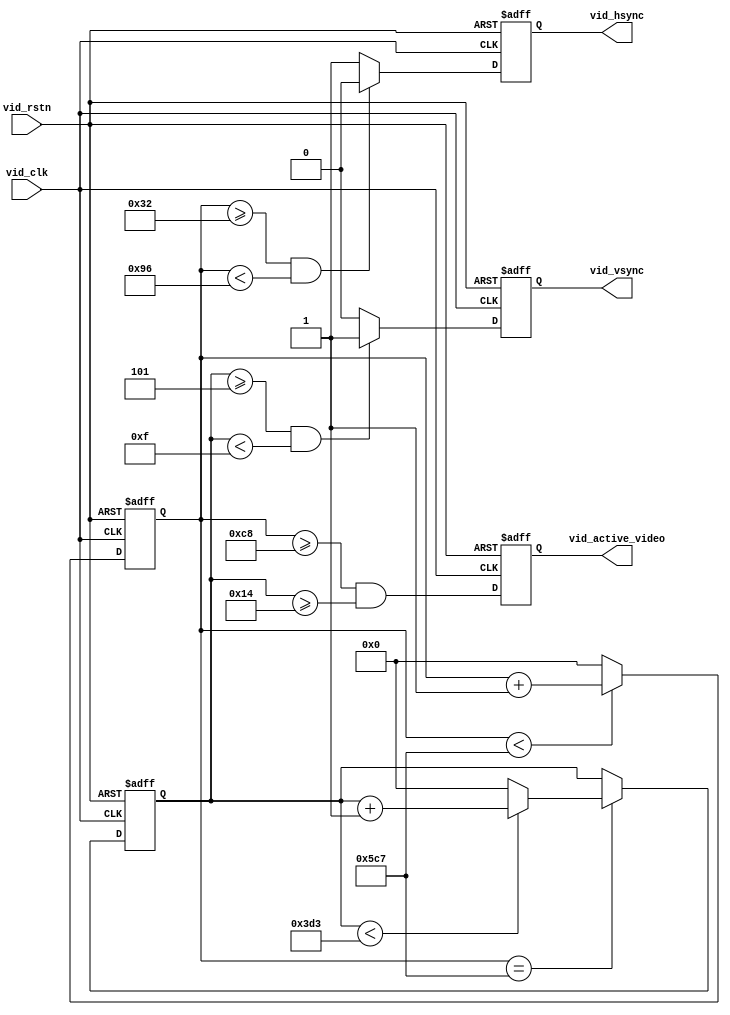
`timescale 1 ns / 1 ps

module video_timing_gen
#(
	parameter H_FRONT   = 50,
	parameter H_PULSE   = 100,
	parameter H_BACK    = 50,
	parameter H_DISP    = 1280,
	parameter V_FRONT   = 5,
	parameter V_PULSE   = 10,
	parameter V_BACK    = 5,
	parameter V_DISP    = 960,
	parameter H_POL     = 1'b0,
	parameter V_POL     = 1'b1
)
(
	input             vid_clk,
	input             vid_rstn,
	output reg        vid_active_video,
	output reg        vid_hsync,
	output reg        vid_vsync
);

	localparam H_TOTAL = H_FRONT + H_PULSE + H_BACK + H_DISP;
	localparam V_TOTAL = V_FRONT + V_PULSE + V_BACK + V_DISP;


	reg [15:0] pix_cnt;
	always @ (posedge vid_clk or negedge vid_rstn) begin
		if (!vid_rstn)
			pix_cnt <= 0;
		else if (pix_cnt < H_TOTAL - 1'b1)
			pix_cnt <= pix_cnt + 1'b1;
		else
			pix_cnt <= 0;
	end

	reg [15:0] line_cnt;
	always @ (posedge vid_clk or negedge vid_rstn) begin
		if (!vid_rstn)
			line_cnt <= 0;
		else if (pix_cnt == H_TOTAL - 1'b1) begin
			if (line_cnt < V_TOTAL - 1'b1)
				line_cnt <= line_cnt + 1'b1;
			else
				line_cnt <= 0;
		end
		else
			line_cnt <= line_cnt;
	end

	always @(posedge vid_clk or negedge vid_rstn) begin
		if (!vid_rstn) begin
			vid_active_video <= 0;
			vid_hsync <= ~H_POL;
			vid_vsync <= ~V_POL;
		end
		else begin
			vid_active_video <= pix_cnt >= H_FRONT + H_PULSE + H_BACK && line_cnt >= V_FRONT + V_PULSE + V_BACK;
			vid_hsync <= (pix_cnt >= H_FRONT && pix_cnt < H_FRONT + H_PULSE) ? H_POL : ~H_POL;
			vid_vsync <= (line_cnt >= V_FRONT && line_cnt < V_FRONT + V_PULSE) ? V_POL : ~V_POL;
		end
	end

endmodule